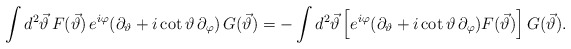
\begin{align*}\int d^{2}\vec{\vartheta}\,F(\vec{\vartheta})\,e^{i\varphi}(\partial_{\vartheta}+i\cot \vartheta\,\partial_{\varphi})\,G(\vec{\vartheta})=-\int d^{2}\vec{\vartheta}\left[e^{i\varphi}(\partial_{\vartheta}+i\cot \vartheta\,\partial_{\varphi})F(\vec{\vartheta})\right]G(\vec{\vartheta}).\end{align*}